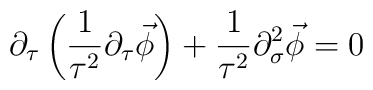
\partial _{\tau }\left( \frac{1}{\tau ^{2}}\partial _{\tau }\vec{\phi }\right) +\frac{1}{\tau ^{2}}\partial _{\sigma }^{2}\vec{\phi }=0